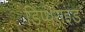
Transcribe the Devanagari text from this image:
डिप्थेराइड